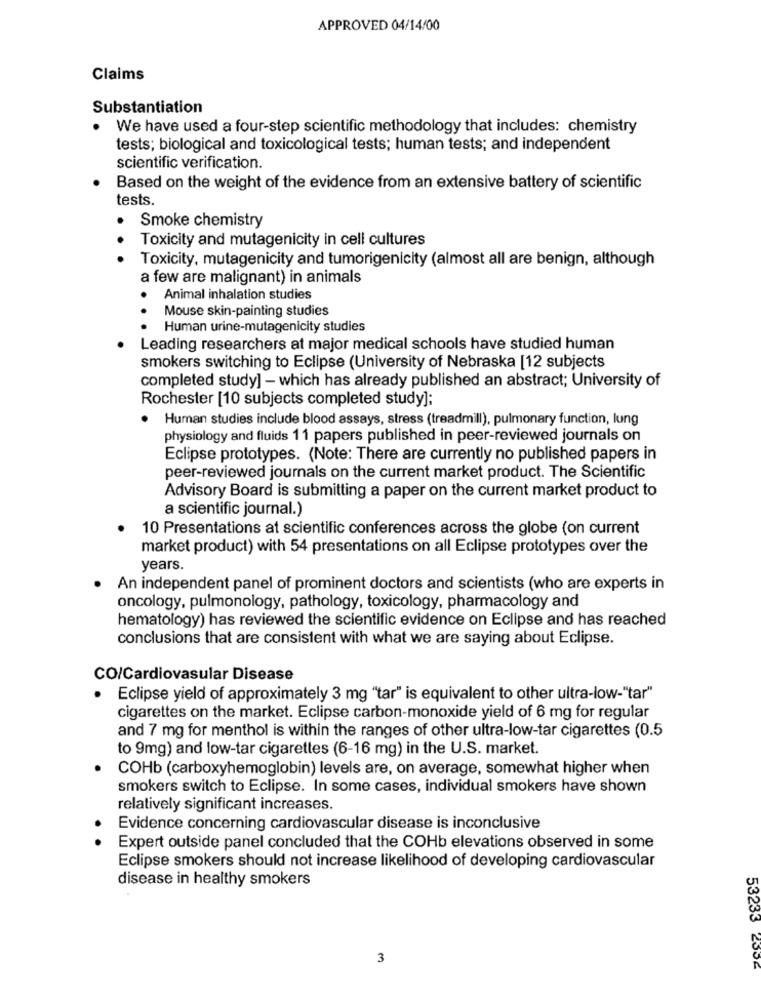
APPROVED 04/14/00
Claims
Substantiation
We have used a four-step scientific methodology that includes: chemistry
tests; biological and toxicological tests; human tests; and independent
scientific verification.
Based on the weight of the evidence from an extensive battery of scientific
tests.
Smoke chemistry
Toxicity and mutagenicity in cell cultures
.. .
Toxicity, mutagenicity and tumorigenicity (almost all are benign, although
a few are malignant) in animals
Animal inhalation studies
Mouse skin-painting studies
..
Human urine-mutagenicity studies
Leading researchers at major medical schools have studied human
smokers switching to Eclipse (University of Nebraska [12 subjects
completed study] - which has already published an abstract; University of
Rochester [10 subjects completed study];
.
Human studies include blood assays, stress (treadmill), pulmonary function, lung
physiology and fluids 11 papers published in peer-reviewed journals on
Eclipse prototypes. (Note: There are currently no published papers in
peer-reviewed journals on the current market product. The Scientific
Advisory Board is submitting a paper on the current market product to
a scientific journal.)
10 Presentations at scientific conferences across the globe (on current
market product) with 54 presentations on all Eclipse prototypes over the
years.
An independent panel of prominent doctors and scientists (who are experts in
oncology, pulmonology, pathology, toxicology, pharmacology and
hematology) has reviewed the scientific evidence on Eclipse and has reached
conclusions that are consistent with what we are saying about Eclipse.
CO/Cardiovasular Disease
.
Eclipse yield of approximately 3 mg "tar" is equivalent to other ultra-low-"tar"
cigarettes on the market. Eclipse carbon-monoxide yield of 6 mg for regular
and 7 mg for menthol is within the ranges of other ultra-low-tar cigarettes (0.5
to 9mg) and low-tar cigarettes (6-16 mg) in the U.S. market.
COHb (carboxyhemoglobin) levels are, on average, somewhat higher when
smokers switch to Eclipse. In some cases, individual smokers have shown
relatively significant increases.
.
Evidence concerning cardiovascular disease is inconclusive
Expert outside panel concluded that the COHb elevations observed in some
Eclipse smokers should not increase likelihood of developing cardiovascular
disease in healthy smokers
3
53233 2304